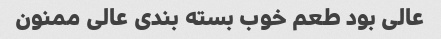
عالی بود طعم خوب بسته بندی عالی ممنون